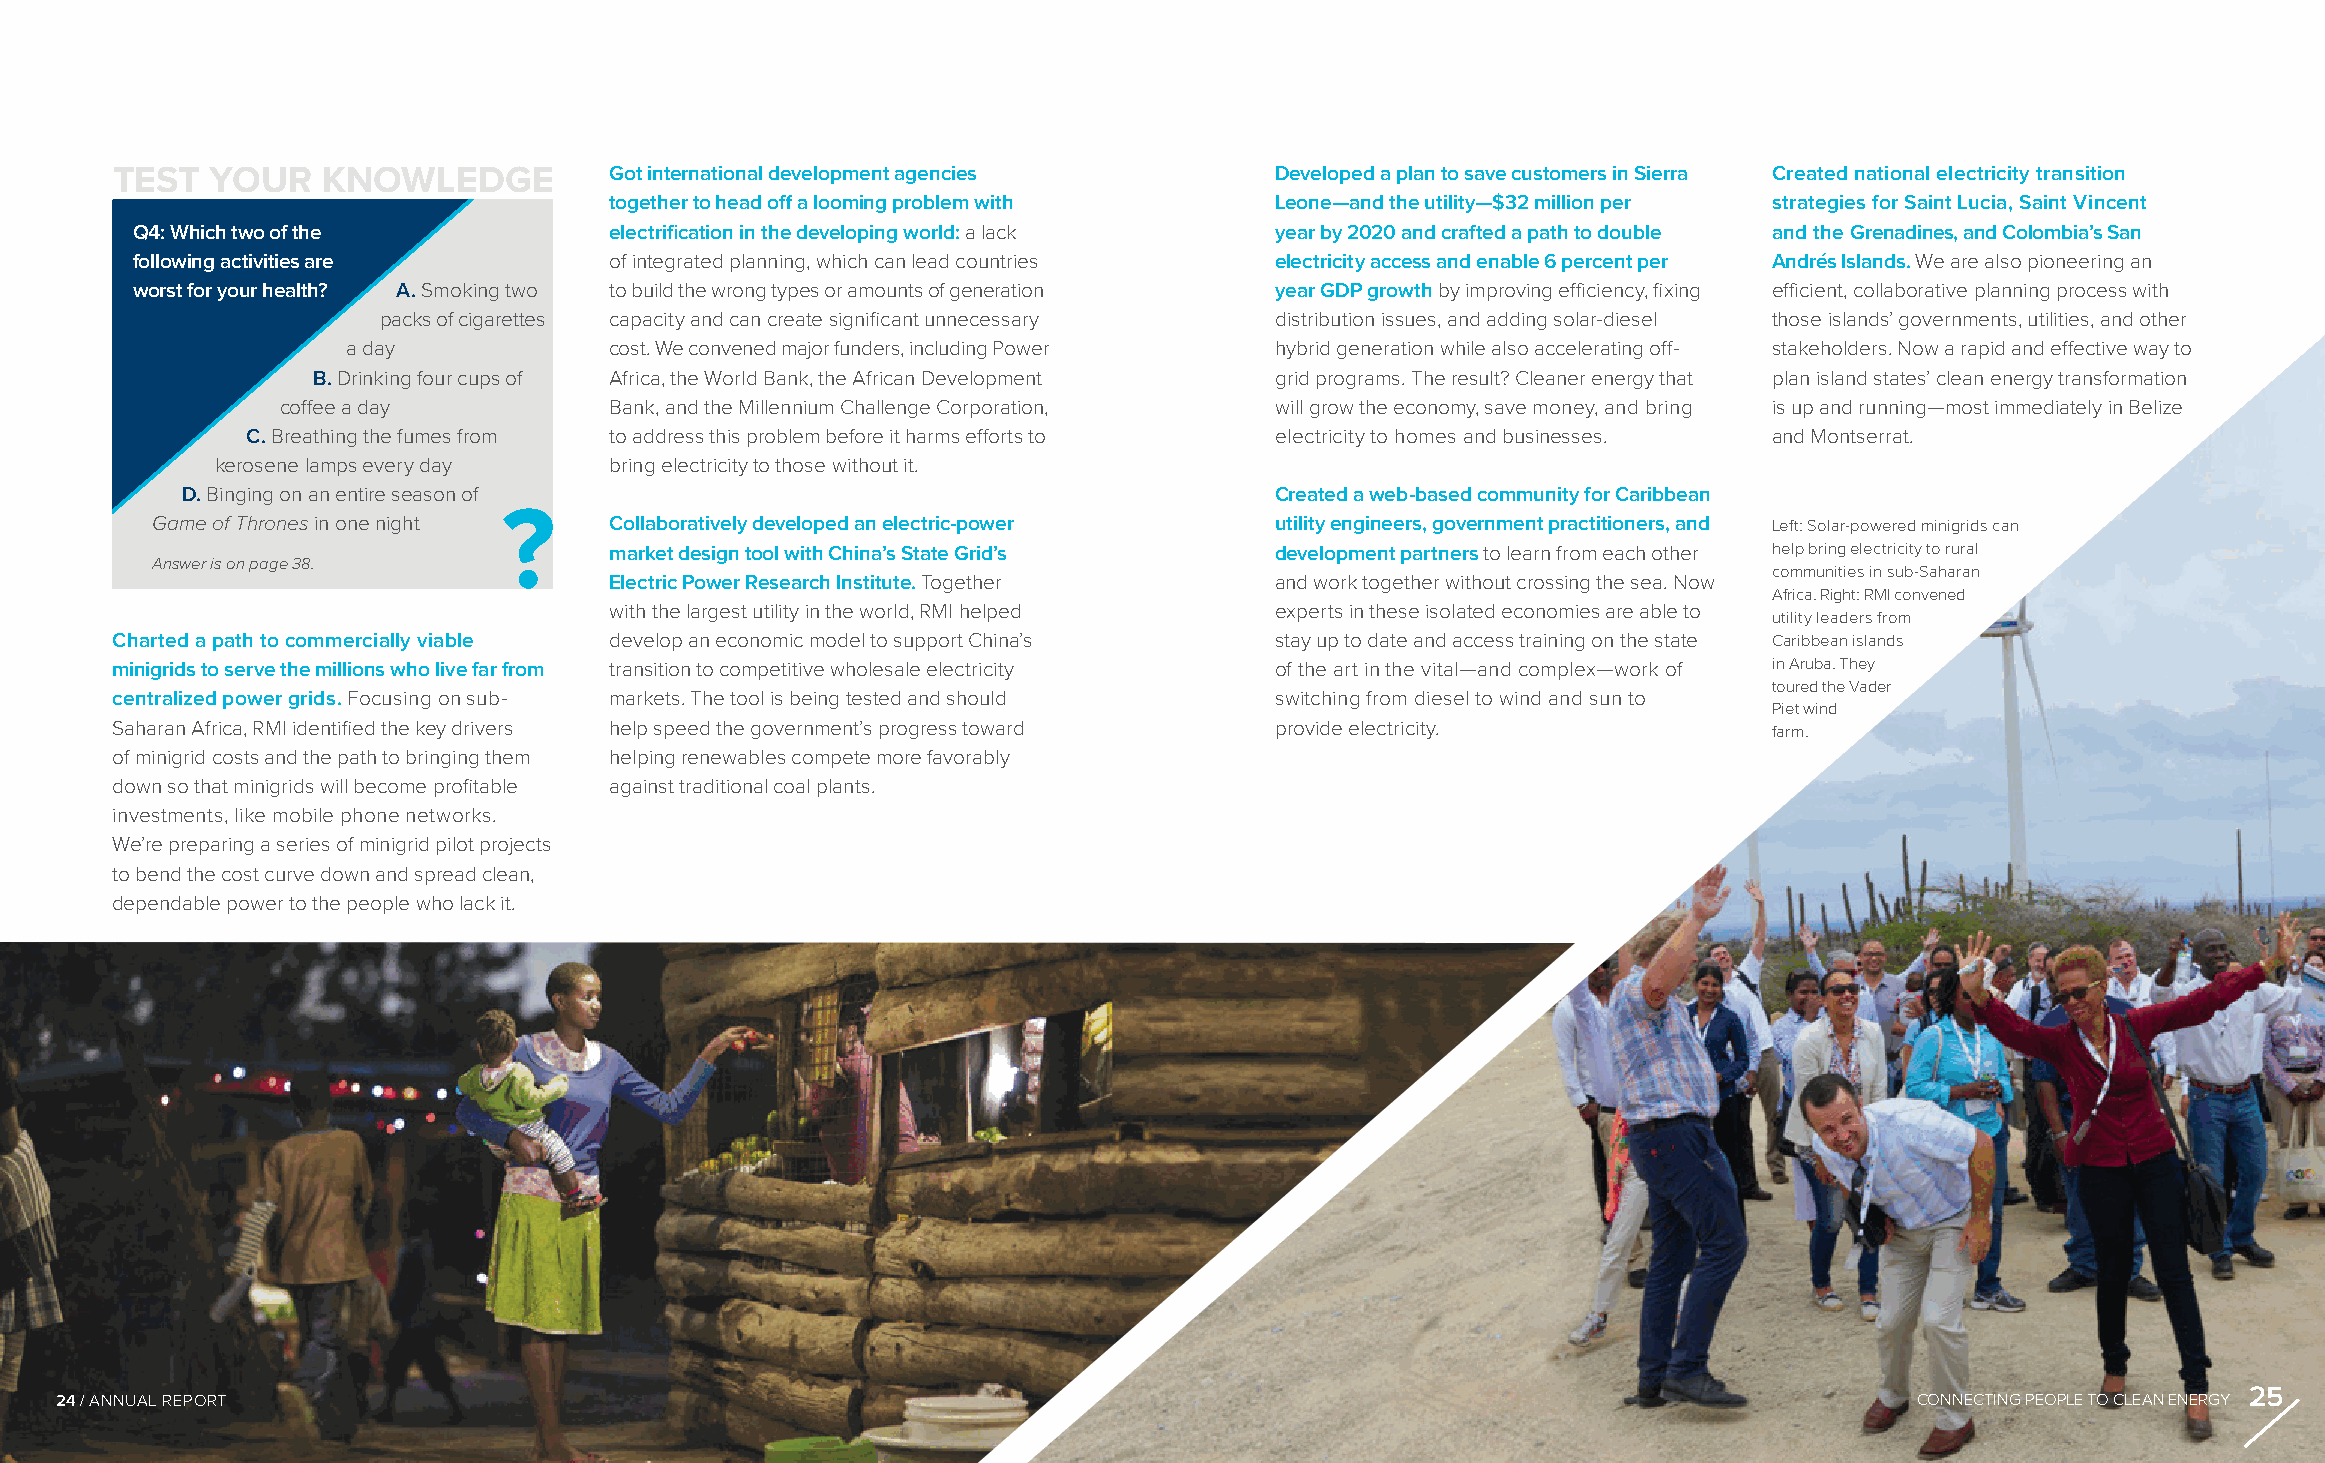
TEST   YOUR   KNOWLEDGE          Got international development agencies      Developed a plan to save customers in Sierra Created national electricity transition
 together to head off a looming problem with Leone—and the utility—$32 million per strategies for Saint Lucia, Saint Vincent
 Q4: Which two of the           electrification in the developing world: a lack year by 2020 and crafted a path to double and the Grenadines, and Colombia’s San
 following activities are       of integrated planning, which can lead countries electricity access and enable 6 percent per Andrés Islands. We are also pioneering an
 worst for your health? A. Smoking two to build the wrong types or amounts of generation year GDP growth by improving efficiency, fixing efficient, collaborative planning process with
 packs of cigarettes capacity and can create significant unnecessary distribution issues, and adding solar-diesel those islands’ governments, utilities, and other
 a day            cost. We convened major funders, including Power hybrid generation while also accelerating off- stakeholders. Now a rapid and effective way to
 B. Drinking four cups of Africa, the World Bank, the African Development grid programs. The result? Cleaner energy that plan island states’ clean energy transformation
 coffee a day         Bank, and the Millennium Challenge Corporation, will grow the economy, save money, and bring is up and running—most immediately in Belize
 C. Breathing the fumes from to address this problem before it harms efforts to electricity to homes and businesses. and Montserrat.
 kerosene lamps every day  bring electricity to those without it.
 D. Binging on an entire season of                                       Created a web-based community for Caribbean
 Game of Thrones in one night ? Collaboratively developed an electric-power utility engineers, government practitioners, and Left: Solar-powered minigrids can
 market design tool with China’s State Grid’s development partners to learn from each other help bring electricity to rural
 Answer is on page 38.
 communities in sub-Saharan
 Electric Power Research Institute. Together and work together without crossing the sea. Now
 Africa. Right: RMI convened
 with the largest utility in the world, RMI helped experts in these isolated economies are able to
 utility leaders from
 Charted a path to commercially viable develop an economic model to support China’s stay up to date and access training on the state Caribbean islands
 minigrids to serve the millions who live far from transition to competitive wholesale electricity of the art in the vital—and complex—work of in Aruba. They
 toured the Vader
 centralized power grids. Focusing on sub- markets. The tool is being tested and should switching from diesel to wind and sun to
 Piet wind
 Saharan Africa, RMI identified the key drivers help speed the government’s progress toward provide electricity. farm.
 of minigrid costs and the path to bringing them helping renewables compete more favorably
 down so that minigrids will become profitable against traditional coal plants.
 investments, like mobile phone networks.
 We’re preparing a series of minigrid pilot projects
 to bend the cost curve down and spread clean,
 dependable power to the people who lack it.
 25
 24 / ANNUAL REPORT                                                                                                         CONNECTING PEOPLE TO CLEAN ENERGY